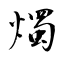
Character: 燭